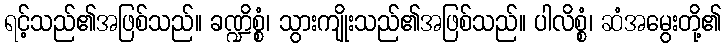
ရင့်သည်၏အဖြစ်သည်။ ခဏ္ဍိစ္စံ၊ သွားကျိုးသည်၏အဖြစ်သည်။ ပါလိစ္စံ၊ ဆံအမွေးတို့၏